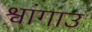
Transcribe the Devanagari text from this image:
श्वांगाउ